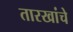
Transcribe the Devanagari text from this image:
तारखांचे